Vaccination in Bombay 1863-1868 - 1863-1868
Year: 1863
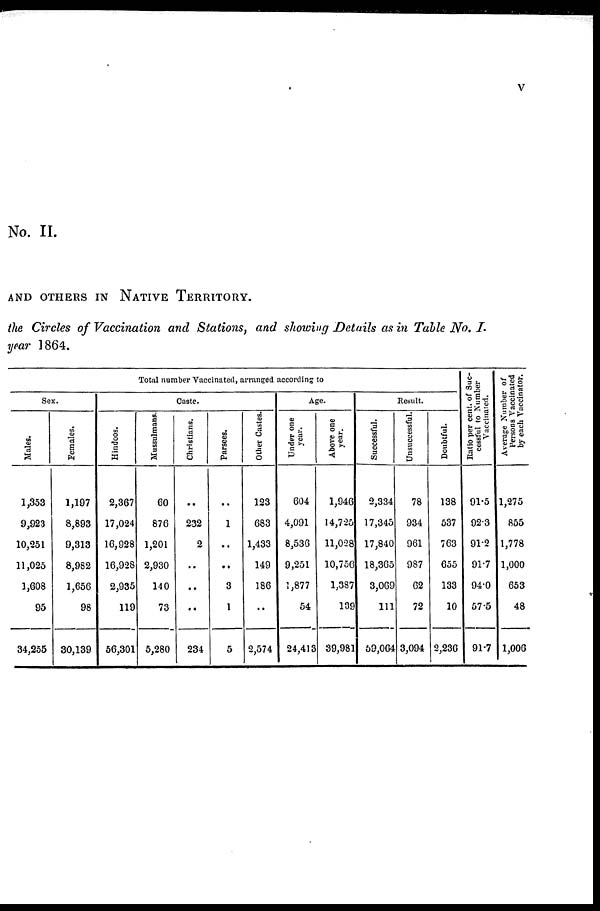
v
No. II.
AND OTHERS IN NATIVE TERRITORY.
the Circles of Vaccination and Stations, and showing Details as in Table No. I.
year 1864.
Total number Vaccinated, arranged according to
Sex.
Males.
1,353
9,923
10,251
11,025
1,608
95
34,255
Females.
1,197
8,893
9,313
8,982
1,656
98
30,139
Caste.
Hindoos.
2,367
17,024
16,928
16,928
2,935
119
56,301
Mussulmans.
60
876
1,201
2,930
140
73
5,280
Christians.
..
232
2
..
..
..
234
Parsees.
..
1
..
..
3
1
5
Other Castes.
123
683
1,433
149
186
..
2,574
Age.
Under one
year.
604
4,091
8,536
9,251
1,877
54
24,413
Above one
year.
1,946
14,725
11,028
10,756
1,387
139
39,981
Result.
Successful.
2,334
17,345
17,840
18,365
3,069
111
59,064
Unsuccessful.
78
934
961
987
62
72
3,094
Doubtful.
138
537
763
655
133
10
2,236
Ratio per cent. of Suc-
cessful to Number
Vaccinated.
91.5
92.3
91.2
91.7
94.0
57.5
91.7
Average Number of
Persons Vaccinated
by each Vaccinator.
1,275
855
1,778
1,000
653
48
1,006